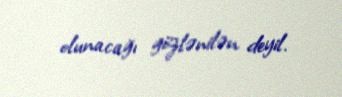
olunacağı gözlənilən deyil.